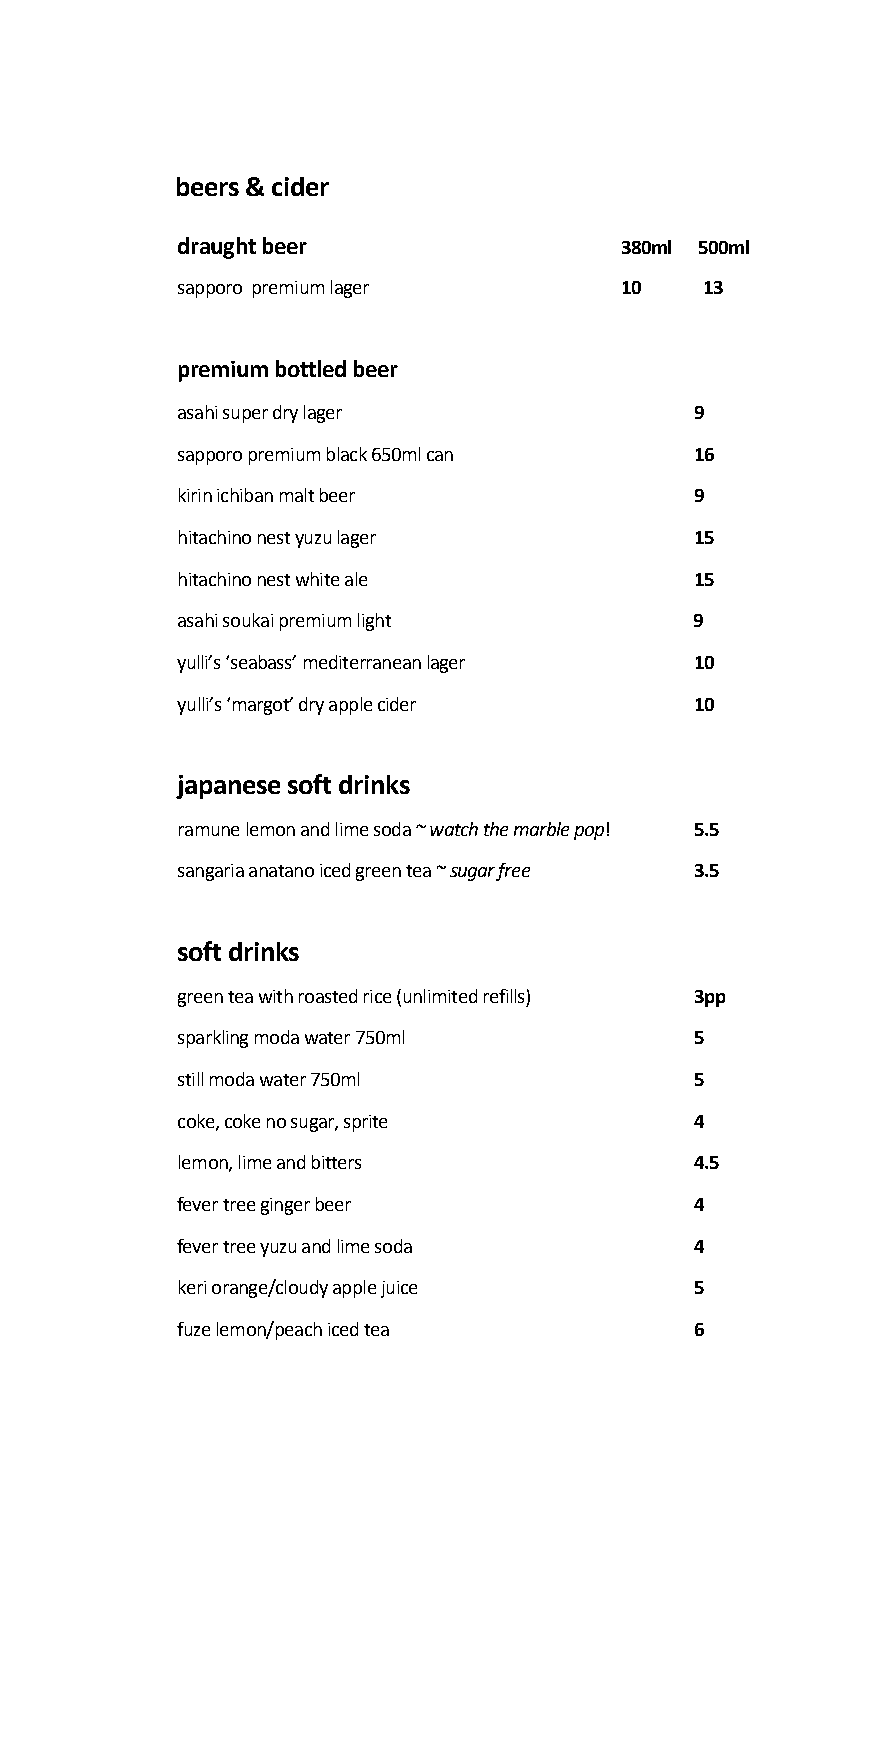
beers & cider
 draught beer                 380ml 500ml
 sapporo premium lager        10    13
 premium bottled beer
 asahi super dry lager             9
 sapporo premium black 650ml can   16
 kirin ichiban malt beer           9
 hitachino nest yuzu lager         15
 hitachino nest white ale          15
 asahi soukai premium light        9
 yulli’s ‘seabass’ mediterranean lager 10
 yulli’s ‘margot’ dry apple cider  10
 japanese soft drinks
 ramune lemon and lime soda ~ watch the marble pop! 5.5
 sangaria anatano iced green tea ~ sugar free 3.5
 soft drinks
 green tea with roasted rice (unlimited refills) 3pp
 sparkling moda water 750ml        5
 still moda water 750ml            5
 coke, coke no sugar, sprite       4
 lemon, lime and bitters           4.5
 fever tree ginger beer            4
 fever tree yuzu and lime soda     4
 keri orange/cloudy apple juice    5
 fuze lemon/peach iced tea         6